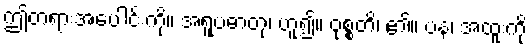
ဤတရားအပေါင်းကို။ အရူပဓာတု၊ ဟူ၍။ ဝုစ္စတိ၊ ၏။ ပန၊ အထူးကို